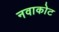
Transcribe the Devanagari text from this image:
नवाकोट